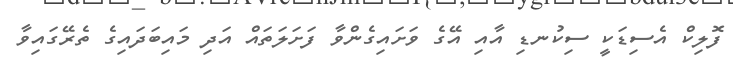
ފޮލިކް އެސިޑަކީ ސިކުނޑި އާއި އޭގެ ވަށައިގެންވާ ފަށަލަތައް އަދި މައިބަދައިގެ ތެރޭގައިވާ